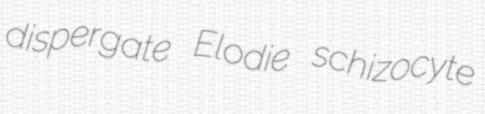
dispergate Elodie schizocyte